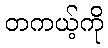
တကယ့်ကို